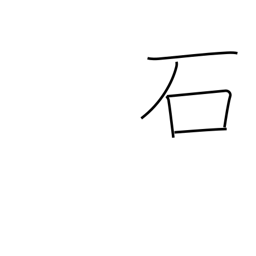
Meaning: stone